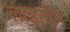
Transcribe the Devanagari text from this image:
लाइनॉन